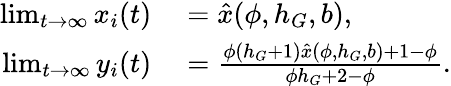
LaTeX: \begin{array}{rl}{\operatorname*{lim}_{t\to\infty}x_{i}(t)}&{{}=\hat{x}(\phi,h_{G},b),}\\ {\operatorname*{lim}_{t\to\infty}y_{i}(t)}&{{}=\frac{\phi(h_{G}+1)\hat{x}(\phi,h_{G},b)+1-\phi}{\phi h_{G}+2-\phi}.}\end{array}